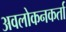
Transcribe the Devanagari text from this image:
अवलोकनकर्ता